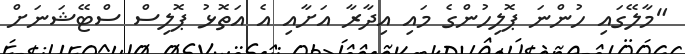
"މާލޭގައި ހުންނަ ޕޮލިހުންގެ މައި އިދާރާ އަށާއި އެ އަތޮޅު ޕޮލިސް ސްޓޭޝަނަށް